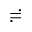
\risingdotseq